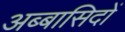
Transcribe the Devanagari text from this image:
अब्बासिदों